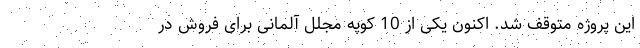
این پروژه متوقف شد. اکنون یکی از 10 کوپه مجلل آلمانی برای فروش در